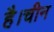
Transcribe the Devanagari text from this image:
है।चीन